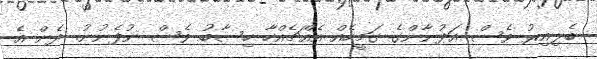
ބެލިއިރު ވެސް އަދުނާންގެ ގަމީހެއް އެއްޗެއްހާ ހިސާބު ވެސް ނުފެނުނު. ދެން އެ